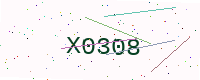
Text: X0308